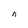
Character: n